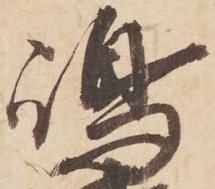
嶋